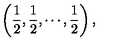
\left( \frac 1 2 , \frac 1 2 , \cdots , \frac 1 2 \right) ,